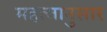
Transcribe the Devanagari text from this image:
महत्वानुसार